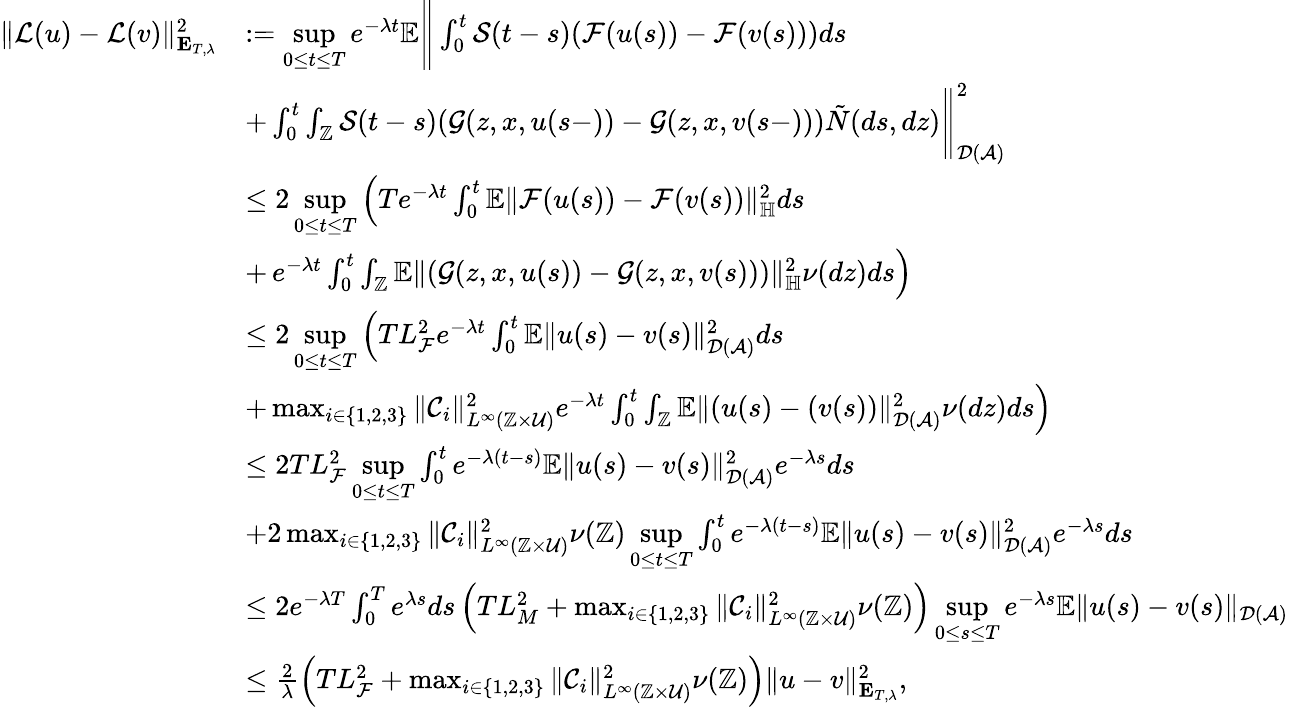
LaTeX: \begin{array}{rl}{\Vert\mathcal{L}(u)-\mathcal{L}(v)\Vert_{\mathbf{E}_{T,\lambda}}^{2}}&{:=\underset{0\leq t\leq T}{\operatorname*{sup}}e^{-\lambda t}\mathbb{E}\Bigg\Vert\int_{0}^{t}\mathcal{S}(t-s)(\mathcal{F}(u(s))-\mathcal{F}(v(s)))ds}\\ &{+\int_{0}^{t}\int_{\mathbb{Z}}\mathcal{S}(t-s)(\mathcal{G}(z,x,u(s-))-\mathcal{G}(z,x,v(s-)))\tilde{N}(ds,dz)\Bigg\Vert_{\mathcal{D}(\mathcal{A})}^{2}}\\ &{\leq 2\underset{0\leq t\leq T}{\operatorname*{sup}}\left(Te^{-\lambda t}\int_{0}^{t}\mathbb{E}\Vert\mathcal{F}(u(s))-\mathcal{F}(v(s))\Vert_{\mathbb{H}}^{2}ds\right.}\\ &{+\left.e^{-\lambda t}\int_{0}^{t}\int_{\mathbb{Z}}\mathbb{E}\Vert(\mathcal{G}(z,x,u(s))-\mathcal{G}(z,x,v(s)))\Vert_{\mathbb{H}}^{2}\nu(dz)ds\right)}\\ &{\leq 2\underset{0\leq t\leq T}{\operatorname*{sup}}\left(TL_{\mathcal{F}}^{2}e^{-\lambda t}\int_{0}^{t}\mathbb{E}\Vert u(s)-v(s)\Vert_{\mathcal{D}(\mathcal{A})}^{2}ds\right.}\\ &{+\left.\operatorname*{max}_{i\in\{ 1,2,3\} }\Vert\mathcal{C}_{i}\Vert_{L^{\infty}(\mathbb{Z}\times\mathcal{U})}^{2}e^{-\lambda t}\int_{0}^{t}\int_{\mathbb{Z}}\mathbb{E}\Vert(u(s)-(v(s))\Vert_{\mathcal{D}(\mathcal{A})}^{2}\nu(dz)ds\right)}\\ &{\leq 2TL_{\mathcal{F}}^{2}\underset{0\leq t\leq T}{\operatorname*{sup}}\int_{0}^{t}e^{-\lambda(t-s)}\mathbb{E}\Vert u(s)-v(s)\Vert_{\mathcal{D}(\mathcal{A})}^{2}e^{-\lambda s}ds}\\ &{+2\operatorname*{max}_{i\in\{ 1,2,3\} }\Vert\mathcal{C}_{i}\Vert_{L^{\infty}(\mathbb{Z}\times\mathcal{U})}^{2}\nu(\mathbb{Z})\underset{0\leq t\leq T}{\operatorname*{sup}}\int_{0}^{t}e^{-\lambda(t-s)}\mathbb{E}\Vert u(s)-v(s)\Vert_{\mathcal{D}(\mathcal{A})}^{2}e^{-\lambda s}ds}\\ &{\leq 2e^{-\lambda T}\int_{0}^{T}e^{\lambda s}ds\left(TL_{M}^{2}+\operatorname*{max}_{i\in\{ 1,2,3\} }\Vert\mathcal{C}_{i}\Vert_{L^{\infty}(\mathbb{Z}\times\mathcal{U})}^{2}\nu(\mathbb{Z})\right)\underset{0\leq s\leq T}{\operatorname*{sup}}e^{-\lambda s}\mathbb{E}\Vert u(s)-v(s)\Vert_{\mathcal{D}(\mathcal{A})}}\\ &{\leq\frac{2}{\lambda}\left(TL_{\mathcal{F}}^{2}+\operatorname*{max}_{i\in\{ 1,2,3\} }\Vert\mathcal{C}_{i}\Vert_{L^{\infty}(\mathbb{Z}\times\mathcal{U})}^{2}\nu(\mathbb{Z})\right)\Vert u-v\Vert_{\mathbf{E}_{T,\lambda}}^{2},}\end{array}